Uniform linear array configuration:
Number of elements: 64
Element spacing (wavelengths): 1
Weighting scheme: hamming
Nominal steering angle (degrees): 0
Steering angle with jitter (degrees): -1.793
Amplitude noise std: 0.05
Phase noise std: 0.05

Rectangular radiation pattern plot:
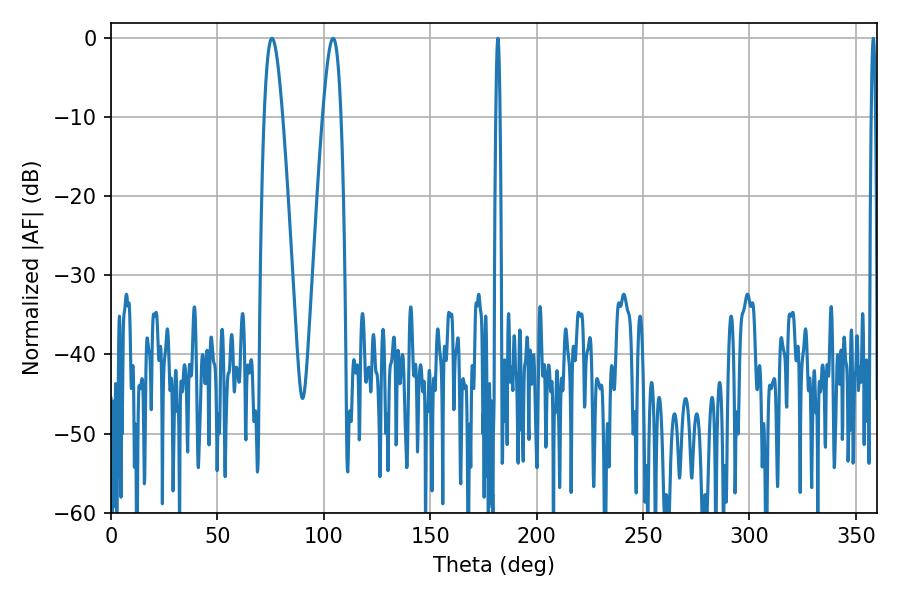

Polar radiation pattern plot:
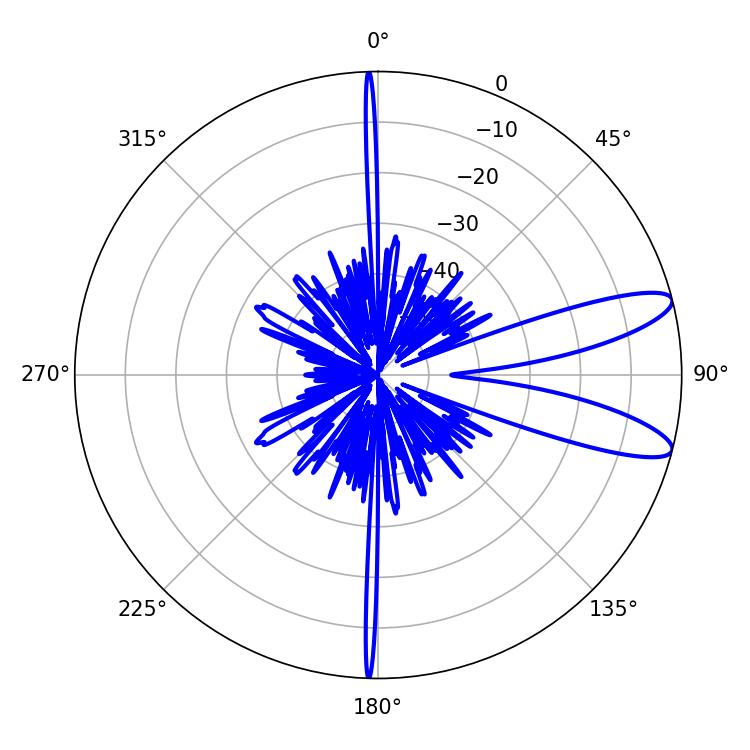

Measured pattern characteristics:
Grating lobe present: TRUE
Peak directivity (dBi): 10.648
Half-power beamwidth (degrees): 1.08
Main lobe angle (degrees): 181.8